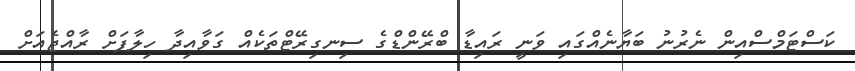
ކަސްޓަމްސްއިން ނެރުނު ބަޔާނެއްގައި ވަނީ ރައިޑާ ބްރޭންޑްގެ ސިނގިރޭޓްތަކެއް ގަވާއިދާ ހިލާފަށް ރާއްޖެއަށް